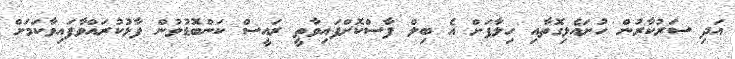
އަދި ސަރުކާރުން ހުށައެޅިގޮތާއި ހިލާފަށް އެ ބިލް ފާސްކޮށްފައިވާތީ ރައީސް ކަންބޮޑުވުން ފާޅުކުރައްވާފައިވާކަމަށް